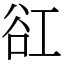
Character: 䜫